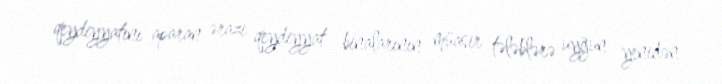
qeydiyyatını aparan ərazi qeydiyyat binalarının müasir tələblərə uyğun yenidən